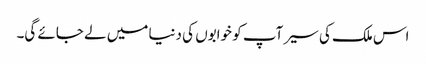
اس ملک کی سیر آپ کو خوابوں کی دنیا میں لے جائے گی۔